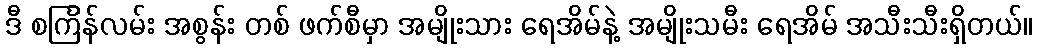
ဒီ စင်္ကြန်လမ်း အစွန်း တစ် ဖက်စီမှာ အမျိုးသား ရေအိမ်နဲ့ အမျိုးသမီး ရေအိမ် အသီးသီးရှိတယ်။